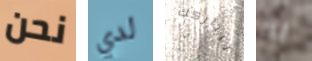
نحن لدي ليباركك به